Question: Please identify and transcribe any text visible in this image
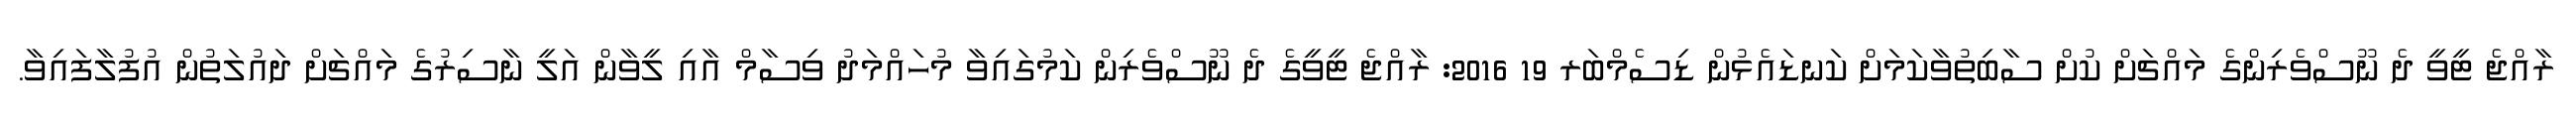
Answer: ރާއްޖެ ޓީވީ ދެ ނޫސްވެރިންގެ މައްޗަށް ކުށް ސާބިތުވާކަމަށް ކަނޑައެޅުން ޑިސެމްބަރ 19 2016: ރާއްޖެ ޓީވީގެ ދެ ނޫސްވެރިން ކަމުގައިވާ މުހައްމަދު ވިސާމް އާއި ލީވާން އަލީ ނާސިރުގެ މައްޗަށް ދައުލަތުން އުފުލާފައިވާ.